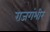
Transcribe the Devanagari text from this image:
राजगंभीर